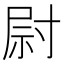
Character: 尉